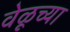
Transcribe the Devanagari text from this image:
वेळूच्या